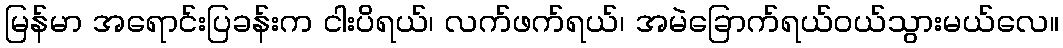
မြန်မာ အရောင်းပြခန်းက ငါးပိရယ်၊ လက်ဖက်ရယ်၊ အမဲခြောက်ရယ်ဝယ်သွားမယ်လေ။